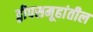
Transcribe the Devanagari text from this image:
द्वीपसमूहांतील